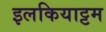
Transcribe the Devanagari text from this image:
इलकियाट्टम